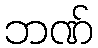
ဘဏ်